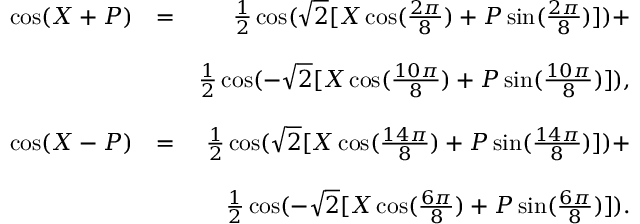
\begin{array} { r l r } { \cos ( X + P ) } & { = } & { \frac { 1 } { 2 } \cos ( \sqrt { 2 } [ X \cos ( \frac { 2 \pi } { 8 } ) + P \sin ( \frac { 2 \pi } { 8 } ) ] ) + } \\ & { } & \\ & { } & { \frac { 1 } { 2 } \cos ( - \sqrt { 2 } [ X \cos ( \frac { 1 0 \pi } { 8 } ) + P \sin ( \frac { 1 0 \pi } { 8 } ) ] ) , } \\ & { } & \\ { \cos ( X - P ) } & { = } & { \frac { 1 } { 2 } \cos ( \sqrt { 2 } [ X \cos ( \frac { 1 4 \pi } { 8 } ) + P \sin ( \frac { 1 4 \pi } { 8 } ) ] ) + } \\ & { } & \\ & { } & { \frac { 1 } { 2 } \cos ( - \sqrt { 2 } [ X \cos ( \frac { 6 \pi } { 8 } ) + P \sin ( \frac { 6 \pi } { 8 } ) ] ) . } \\ & { } & \end{array}